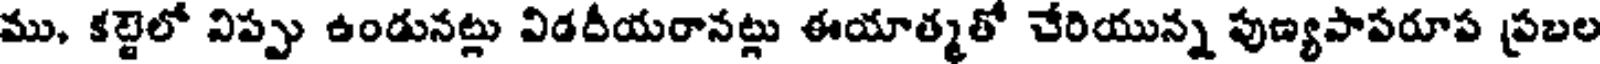
ము, కట్టెలో విప్పు ఉండునట్లు విడదీయరానట్లు ఈయాత్మతో చేరియున్న పుణ్యపాపరూప ప్రబల